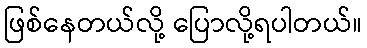
ဖြစ်နေတယ်လို့ ပြောလို့ရပါတယ်။